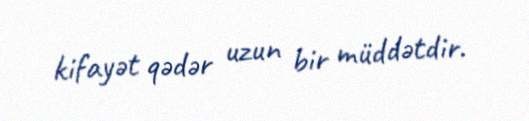
kifayət qədər uzun bir müddətdir.